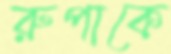
রুপাকে